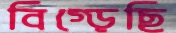
বিগ্‌ড়েছি